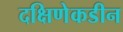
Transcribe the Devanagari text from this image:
दक्षिणेकडीन